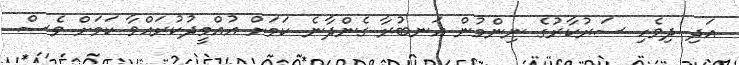
އަދި ދިވެހި ސަރުކާރުގެ ނިންމުން އަނބުރާ ގެންދާނެ ކަމަށް އުއްމީދުކުރައްވާ ކަމަށް ވެސް